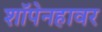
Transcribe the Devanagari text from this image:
शॉपेनहावर